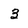
Character: 3